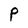
Character: P